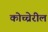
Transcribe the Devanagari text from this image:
कोच्चेरील